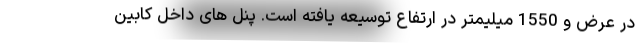
در عرض و 1550 میلیمتر در ارتفاع توسیعه یافته است. پنل های داخل کابین